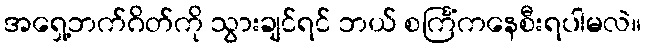
အရှေ့ဘက်ဂိတ်ကို သွားချင်ရင် ဘယ် စင်္ကြံကနေစီးရပါမလဲ။